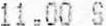
11.00 S